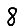
Digit: 8